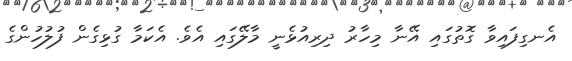
އެނގިފައިވާ ގޮތުގައި އޭނާ މިހާރު ދިރިއުޅެނީ މާލޭގައި އެވެ. އެކަމާ ގުޅިގެން ފުލުހުންގެ